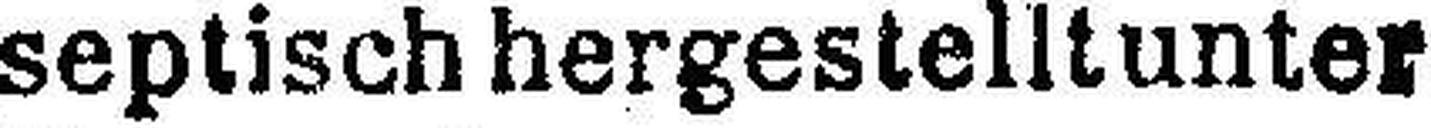
septisch hergestelltunter